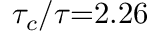
{ \tau _ { c } } / \tau \mathrm { { = } } 2 . 2 6